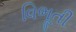
વિભૂતી